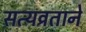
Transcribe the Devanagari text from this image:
सत्यव्रताने